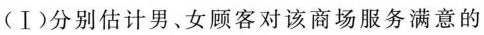
(Ⅰ)分别估计男、女顾客对该商场服务满意的